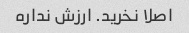
اصلا نخرید. ارزش نداره